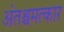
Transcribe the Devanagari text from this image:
अंतश्चमत्कार